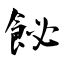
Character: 飶